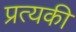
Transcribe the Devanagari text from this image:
प्रत्यकी